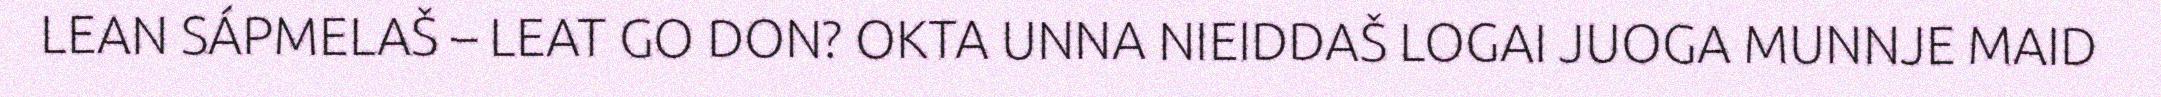
LEAN SÁPMELAŠ – LEAT GO DON? OKTA UNNA NIEIDDAŠ LOGAI JUOGA MUNNJE MAID